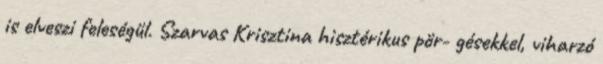
is elveszi feleségül. Szarvas Krisztina hisztérikus pör- gésekkel, viharzó